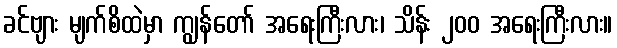
ခင်ဗျား မျက်စိထဲမှာ ကျွန်တော် အရေးကြီးလား၊ သိန်း ၂၀၀ အရေးကြီးလား။